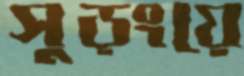
সুড়ংয়ে